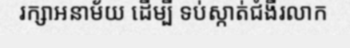
រក្សាអនាម័យ ដើម្បី ទប់ស្កាត់ជំងឺរលាក